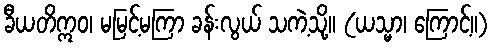
ခီယတိဣဝ၊ မမြင့်မကြာ ခန်းလွယ် သကဲ့သို့။ (ယသ္မာ၊ ကြောင့်။)